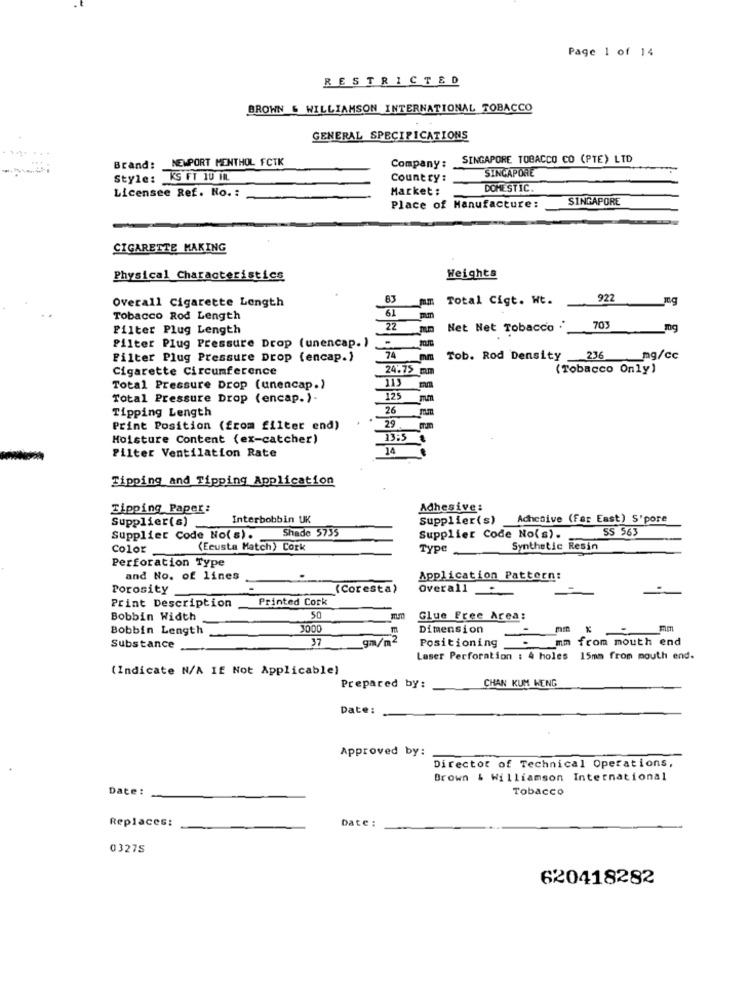
Page 1 of 14
RESTRICTED
BROWN & WILLIAMSON INTERNATIONAL TOBACCO
GENERAL SPECIFICATIONS
NEWPORT MENTHOL FCTK
SINGAPORE TOBACCO CO (PTE) LTD
Brand:
Company :
SINGAPORE
Style: KS FT 10 10.
Country:
Licensee Ref. No. :
Market :
DOMESTIC.
SINGAPORE
Place of Manufacture:
CIGARETTE MAKING
Physical Characteristics
Weights
Overall Cigarette Length
83
Total Cigt. Wt.
922
mg
61
Tobacco Rod Length
Filter Plug Length
22
Net Net Tobacco ."
703
mg
filter Plug Pressure Drop (unencap. )
Filter Plug Pressure Drop (encap.)
74
Tob. Rod Density 236
mg/cc
Cigarette Circumference
24.75
(Tobacco Only)
Total Pressure Drop (unencap.)
Total Pressure Drop (encap.)-
125
Tipping Length
26
Print Position (from filter end)
29
Moisture Content (ex-catcher)
13:5
14
Filter Ventilation Rate
Tipping and Tipping Application
Tipping Paper:
Adhesive:
Supplier(s)
Interbobbin UK
Supplier(s) Adhesive (Far East) S'pore
Shade 5735
SS 563
Supplier Code No(s).
Supplier Code No(s).
Color
(Ecusta Match) Cork
Type
Synthetic Resin
Perforation Type
and No. of lines
Application Pattern:
Porosity
(Coresta)
Overall
Printed Cork
Print Description
Bobbin Width
50
Glue Free Area:
Bobbin Length
3000
Dimension
mm
mm
37
g/m2
Positioning
mm
from mouth end
Substance
Laser Perforation : 4 holes
15mm from mouth end.
(Indicate N/A If Not Applicable)
CHAN KUM HENG
Prepared by:
Date:
Approved by:
Director of Technical Operations,
Brown & Williamson International
Date:
Tobacco
Replaces:
Date :
03275
620418282